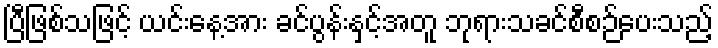
ပြီဖြစ်သဖြင့် ယင်းနေ့အား ခင်ပွန်းနှင့်အတူ ဘုရားသခင်စီစဉ်ပေးသည့်